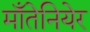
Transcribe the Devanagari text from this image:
माँतेनियेर